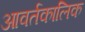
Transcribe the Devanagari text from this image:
आवर्तकालिक